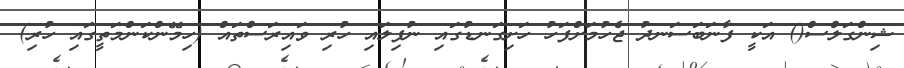
ޝިންގަލްސް() އަކީ ފާނަބަސަނދު ޖެހުމަށްފަހު ހަށިގަނޑުގައި ނުފިލައި ހުރި ވައިރަސްތައް (ހިމޭންކަންމަތީގައި ހުރި)